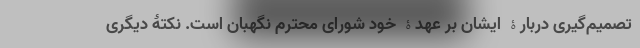
تصمیم‌گیری دربارۀ ایشان بر عهدۀ خود شورای محترم نگهبان است. نکتۀ دیگری